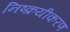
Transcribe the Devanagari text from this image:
निष्क्रयीकरण